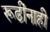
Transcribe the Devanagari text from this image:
रूढींनाही